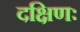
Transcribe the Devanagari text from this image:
दक्षिणः